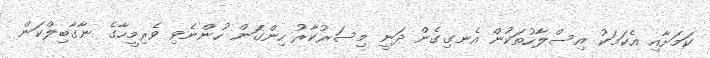
ކަމަށާއި އެކަމަކު އިސްލާހުތަކުން އެނގިގެން ދަނީ މިސަރުކާރު ހިންގަން ހުންނެވި ވެރިމީހާގެ ނާގާބިލްކަން